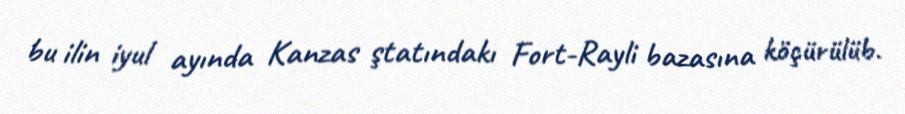
bu ilin iyul ayında Kanzas ştatındakı Fort-Rayli bazasına köçürülüb.